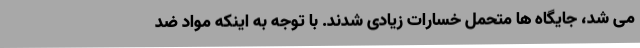
می شد، جایگاه ها متحمل خسارات زیادی شدند. با توجه به اینکه مواد ضد